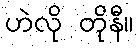
ဟဲလို တိုနီ။